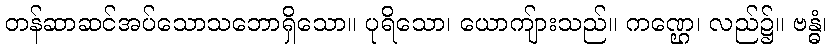
တန်ဆာဆင်အပ်သောသဘောရှိသော။ ပုရိသော၊ ယောကျ်ားသည်။ ကဏ္ဌေ၊ လည်၌။ ဗန္ဓံ၊